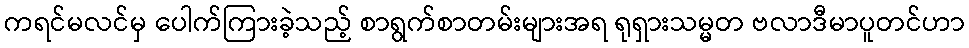
ကရင်မလင်မှ ပေါက်ကြားခဲ့သည့် စာရွက်စာတမ်းများအရ ရုရှားသမ္မတ ဗလာဒီမာပူတင်ဟာ